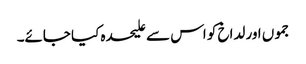
جموں اور لداخ کو اس سے علیحدہ کیا جائے۔